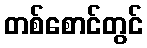
တစ်စောင်တွင်